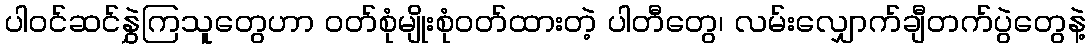
ပါဝင်ဆင်နွှဲကြသူတွေဟာ ဝတ်စုံမျိုးစုံဝတ်ထားတဲ့ ပါတီတွေ၊ လမ်းလျှောက်ချီတက်ပွဲတွေနဲ့